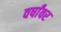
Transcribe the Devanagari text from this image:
वर्षांवर